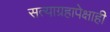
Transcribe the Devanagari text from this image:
सत्याग्रहापेक्षाही